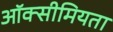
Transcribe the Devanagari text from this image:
ऑक्सीमियता